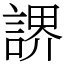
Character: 䛺